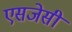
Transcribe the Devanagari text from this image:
एसजेसी